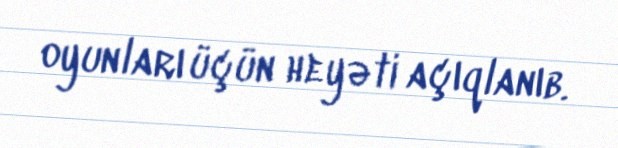
oyunları üçün heyəti açıqlanıb.